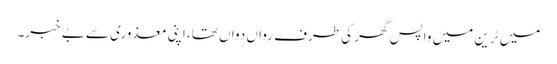
میں ٹرین میں واپس گھر کی طرف رواں دواں تھا، اپنی معذوری سے بے خبر۔